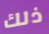
ذلك